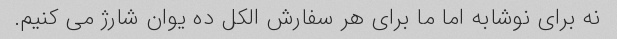
نه برای نوشابه اما ما برای هر سفارش الکل ده یوان شارژ می کنیم.